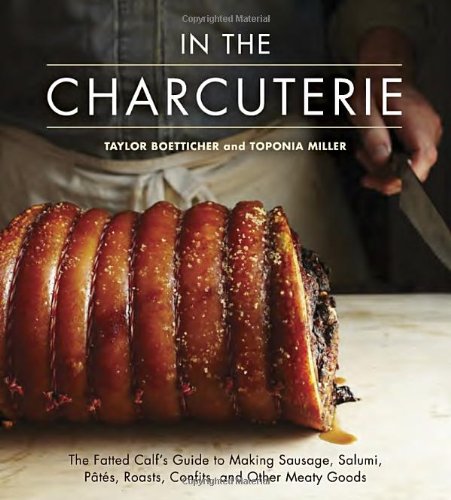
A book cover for In The Charcuterie: The Fatted Calf's Guide to Making Sausage, Salumi, Pates, Roasts, Confits, and Other Meaty Goods; Taylor Boetticher; Cookbooks, Food & Wine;